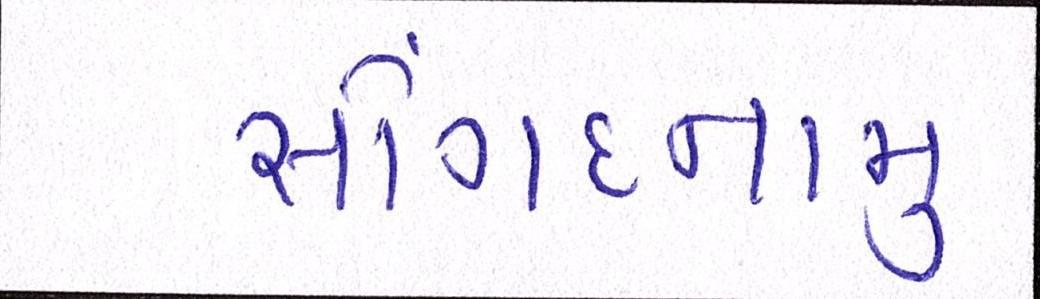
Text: સોંગદનામું